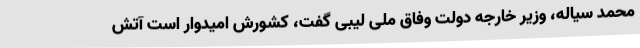
محمد سیاله، وزیر خارجه دولت وفاق ملی لیبی گفت، کشورش امیدوار است آتش